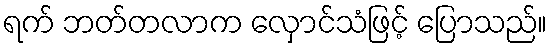
ရက် ဘတ်တလာက လှောင်သံဖြင့် ပြောသည်။